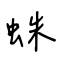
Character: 蛛